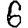
Digit: 6